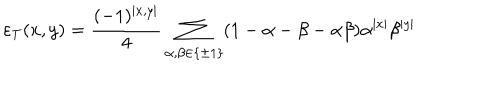
\varepsilon _ { T } ( x , y ) = \frac { ( - 1 ) ^ { \left| x , y \right| } } { 4 } \sum _ { \alpha , \beta \in \left\{ \pm 1 \right\} } ( 1 - \alpha - \beta - \alpha \beta ) \alpha ^ { \left| x \right| } \beta ^ { \left| y \right| }